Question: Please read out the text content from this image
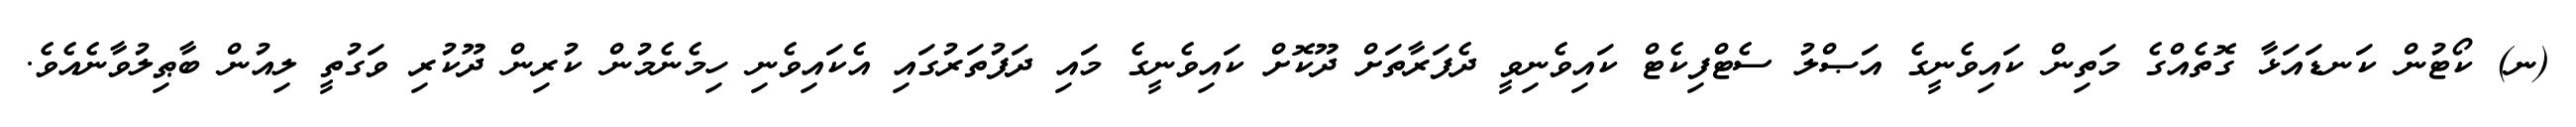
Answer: (ނ) ކޯޓުން ކަނޑައަޅާ ގޮތެއްގެ މަތިން ކައިވެނީގެ އަޞްލު ސެޓްފިކެޓް ކައިވެނިވީ ދެފަރާތަށް ދޫކޮށް ކައިވެނީގެ މައި ދަފުތަރުގައި އެކައިވެނި ހިމެނެމުން ކުރިން ދޫކުރި ވަގުތީ ލިއުން ބާޠިލުވާނެއެވެ.